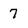
Character: 7